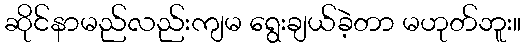
ဆိုင်နာမည်လည်းကျမ ရွေးချယ်ခဲ့တာ မဟုတ်ဘူး။